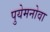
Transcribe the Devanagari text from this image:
पुयेमनोवा